Lunatic asylums United Prov. 1922-30 - 1922-1930
Year: 1922
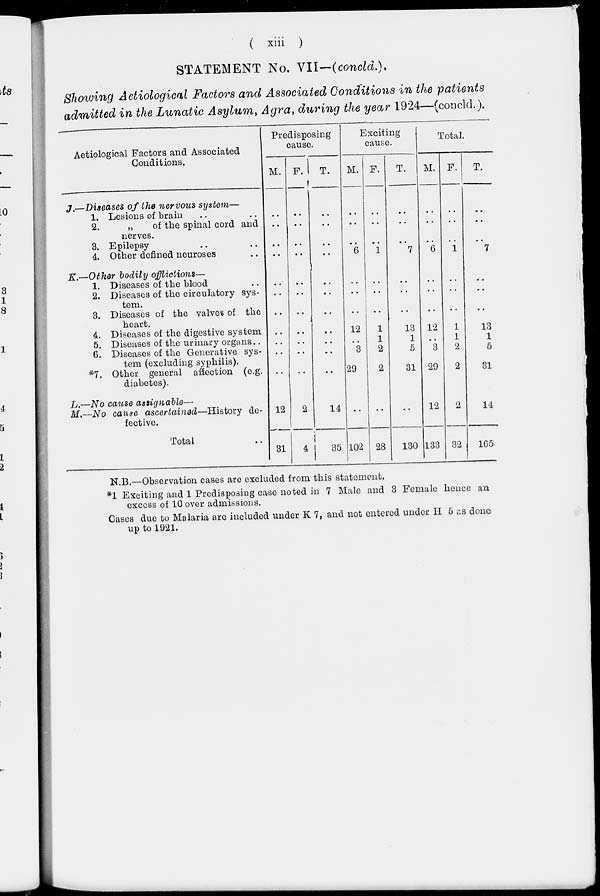
( xiii )
STATEMENT No. VII—(concld.).
Showing Aetiological Factors and Associated Conditions in the patients
admitted in the Lunatic Asylum, Agra, during the year 1924—(concld.).
Aetiologioal Factors and Associated
Conditions.
J.—Diseases of the nervous system—
1.
2.
3.
4.
Lesions of brain .. ..
„
of the spinal cord and
nerves.
Epilepsy .. ..
Other defined neuroses ..
K.—Other bodily afflictions—
1.
2.
3.
4.
5.
6.
*7.
Diseases of the blood ..
Diseases of the circulatory sys-
tem.
Diseases of the valves of the
heart.
Diseases of the digestive system
Diseases of the urinary organs ..
Diseases of the Generative sys-
tem (excluding syphilis).
Other general affection (e.g.
diabetes).
L.—No cause assignable—
M.—No cause ascertained—History
de-
fective.
Total
Predisposing
cause.
M.
..
..
..
..
..
..
..
..
..
..
..
12
31
F.
..
..
..
..
..
..
..
..
..
..
..
2
4
T.
..
..
..
..
..
..
..
..
..
..
..
14
35
Exciting
cause.
M.
..
..
..
6
..
..
..
12
..
3
29
..
102
F.
..
..
..
1
..
..
..
1
1
2
2
..
28
T.
..
..
..
7
..
..
..
13
1
5
31
..
130
Total.
M.
..
..
..
6
..
..
..
12
..
3
29
12
133
F.
..
..
..
1
..
..
..
1
1
2
2
2
32
T.
..
..
..
7
..
..
..
13
1
5
31
14
165.
N.B.—Observation cases are excluded from this statement.
*1 Exciting and 1 Predisposing case noted in 7 Male and 3 Female hence an
excess of 10 over admissions.
Cases due to Malaria are included under K 7, and not entered under H 5 as done
up to 1921.